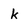
Character: k